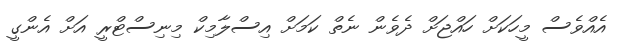
އެއްވެސް މީހަކަށް ހައްޖަށް ދެވެން ނެތް ކަމަށް އިސްލާމިކް މިނިސްޓްރީ އަށް އެންގީ